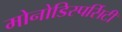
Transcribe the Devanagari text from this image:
मोनोडिस्पर्सिटी